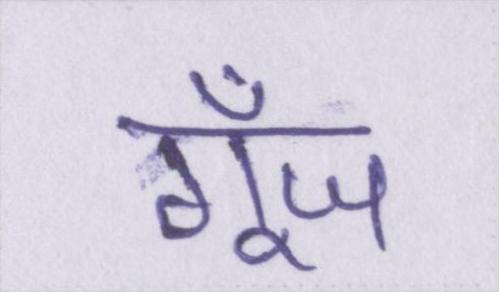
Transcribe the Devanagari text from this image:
गूँज